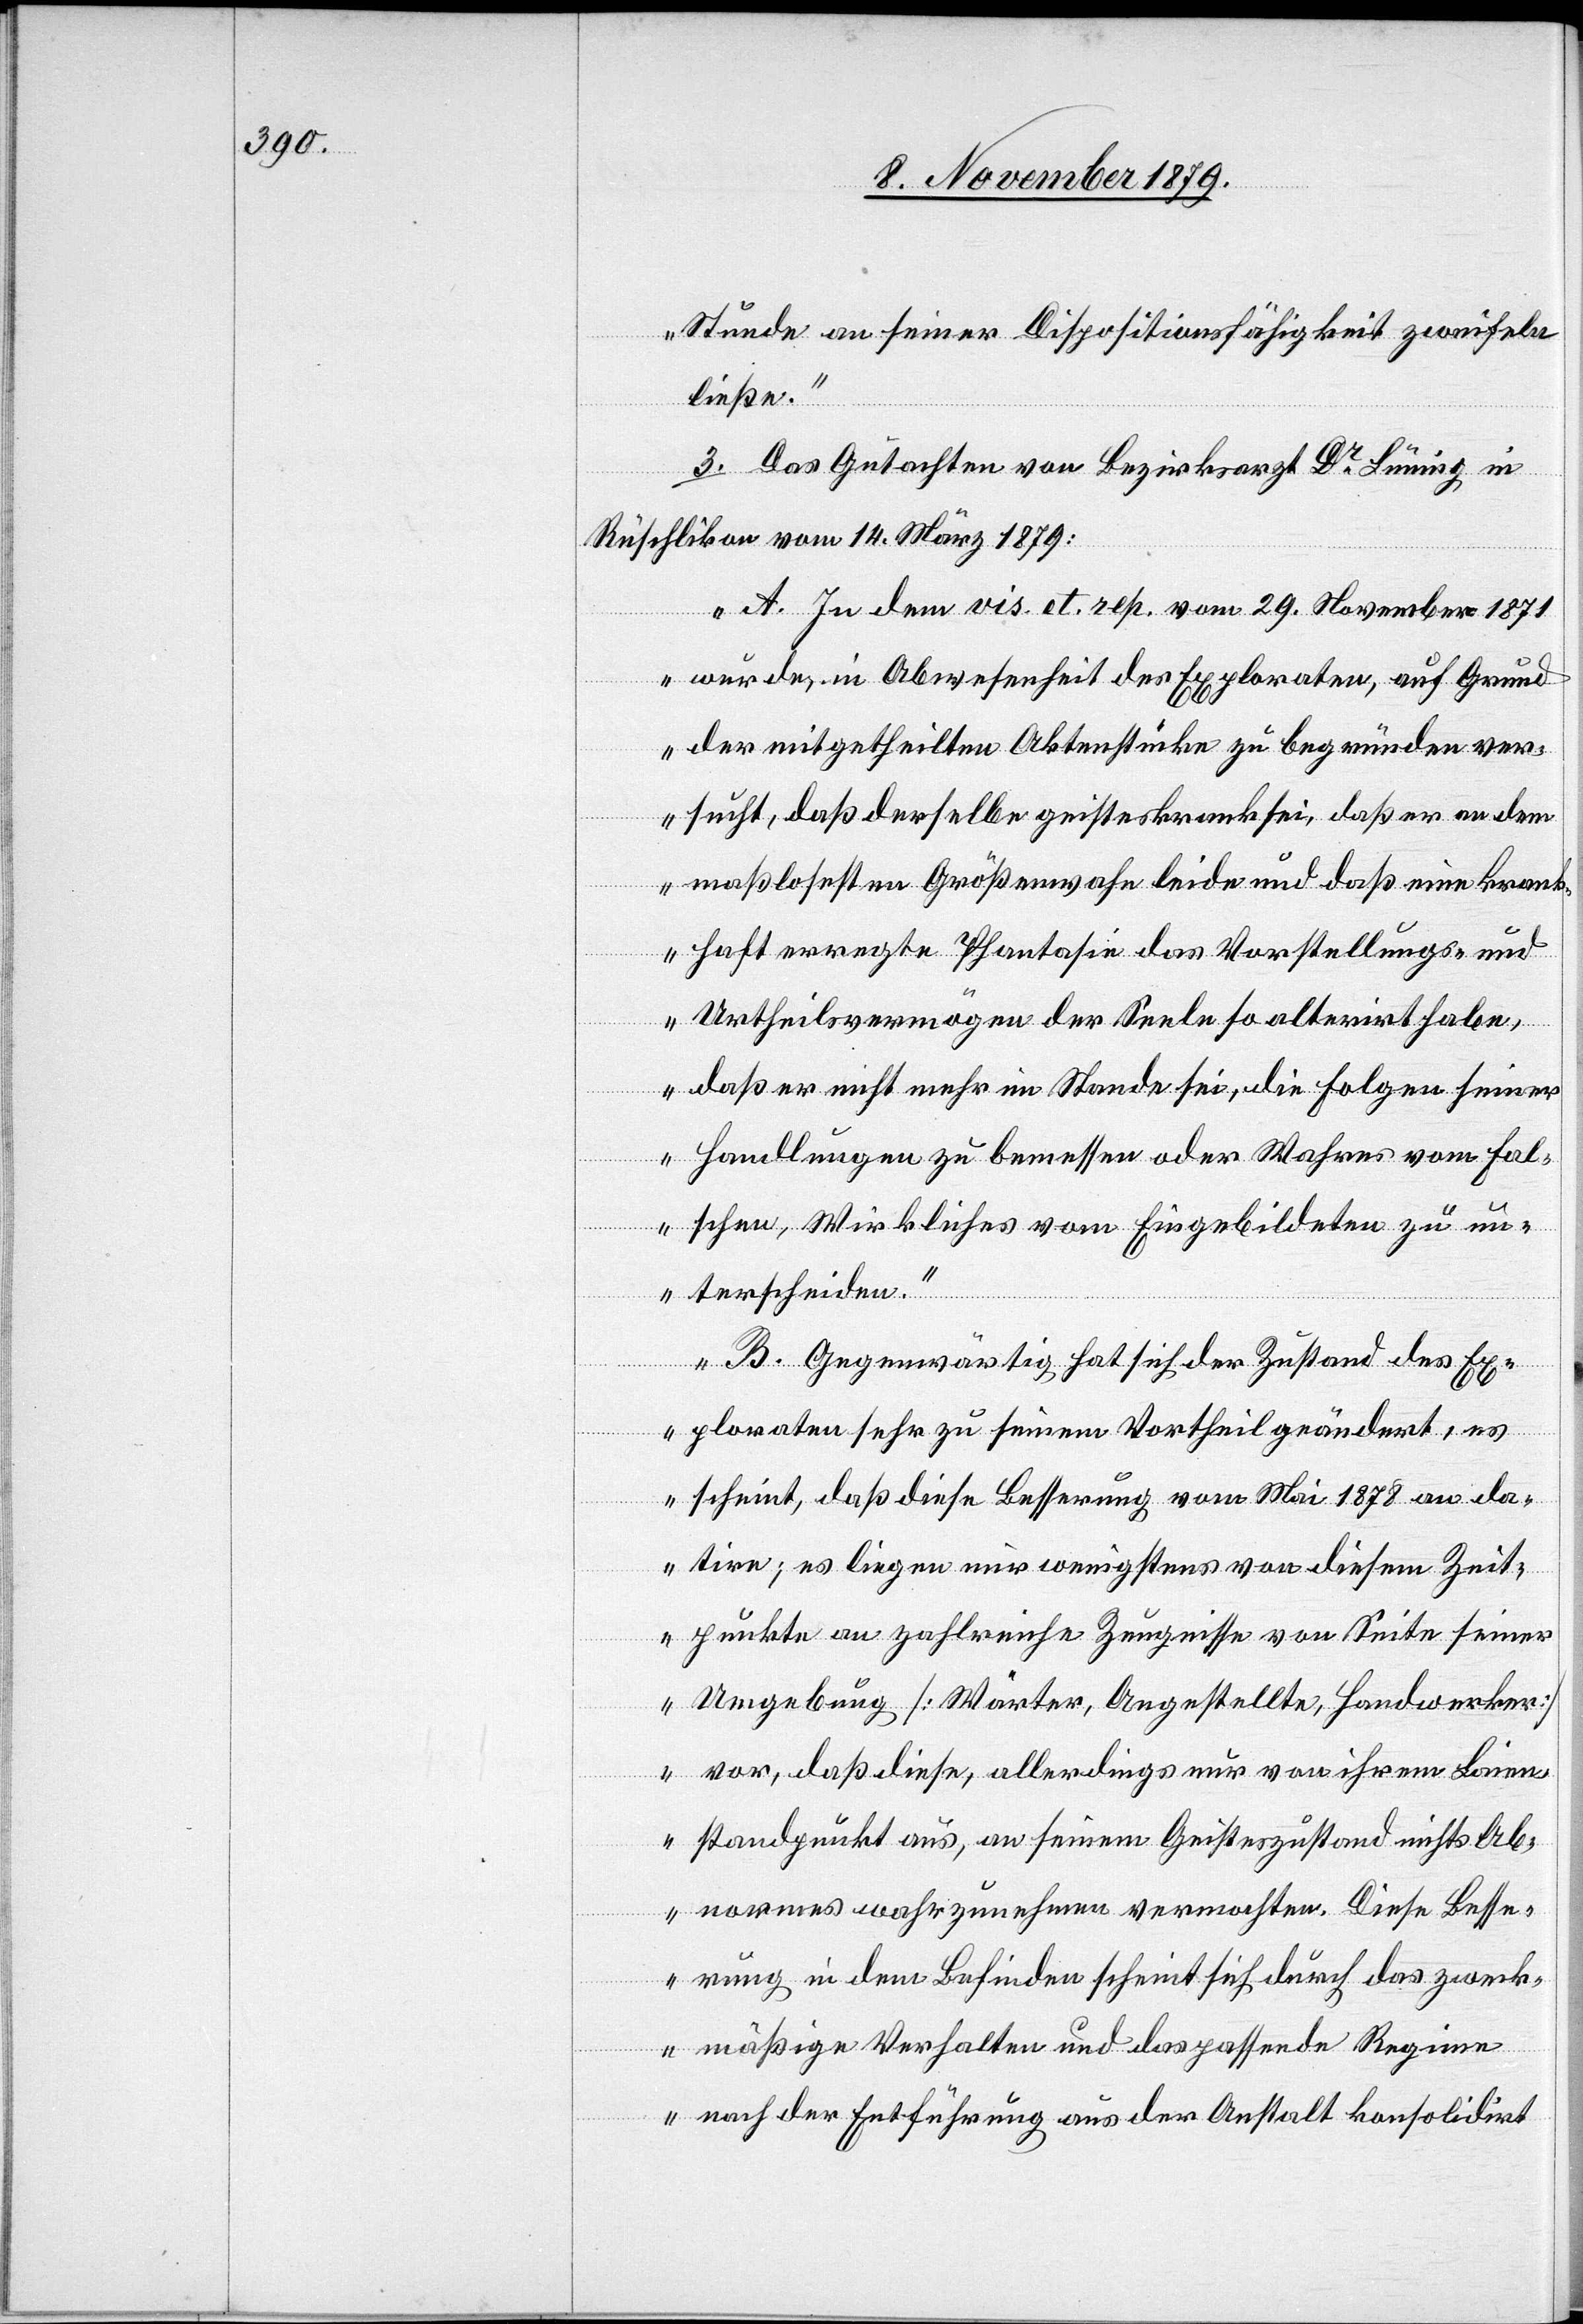
Stunde an seiner Dispositionsfähigkeit zweifeln
ließe.“
3. Das Gutachten von Bezirksarzt Dr Lüning in
Rüschlikon vom 14. März 1879:
„A. In dem vis. et. rep. vom 29. November 1871
wurde, in Abwesenheit des Exploraten, auf Grund
der mitgetheilten Aktenstücke zu begründen ver¬
sucht, daß derselbe geisteskrank sei, daß er an dem
maßlosesten Größenwahn leide und daß eine krank¬
haft erregte Phantasie das Vorstellungs- und
Urtheilsvermögen der Seele so alterirt habe,
daß er nicht mehr im Stande sei, die Folgen seiner
Handlungen zu bemessen oder Wahres vom Fal¬
schen, Wirkliches vom Eingebildeten zu un¬
terscheiden.
B. Gegenwärtig hat sich der Zustand des Ex¬
ploraten eher zu seinem Vortheil geändert, es
scheint, daß diese Besserung vom Mai 1878 an da¬
tire; es liegen mir wenigstens von diesem Zeit¬
punkte an zahlreiche Zeugnisse von Seite seiner
Umgebung [Wärter, Angestellte, Handwerker]
vor, daß diese, allerdings nur von ihrem Laien¬
standpunkt aus, an seinem Geisteszustand nichts Ab¬
normes wahrzunehmen vermochten. Diese Besse¬
rung in dem Befinden scheint sich durch das zweck¬
mäßige Verhalten und das passende Regime
nach der Entführung aus der Anstalt konsolidirt